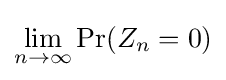
\lim _{n\to \infty }\Pr(Z_{n}=0)